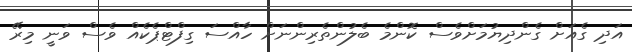
އަދި ގެއަށް ގެންދިޔުމަށްވެސް ކޮންމެ ބެލުންތެރިންނަށް ހާއްސަ ގިފްޓްޕެކެއް ވެސް ވަނީ މިރޭ